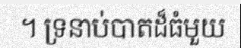
។ ទ្រនាប់បាតដ៏ធំមួយ